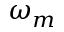
\omega _ { m }